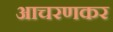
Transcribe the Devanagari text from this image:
आचरणकर